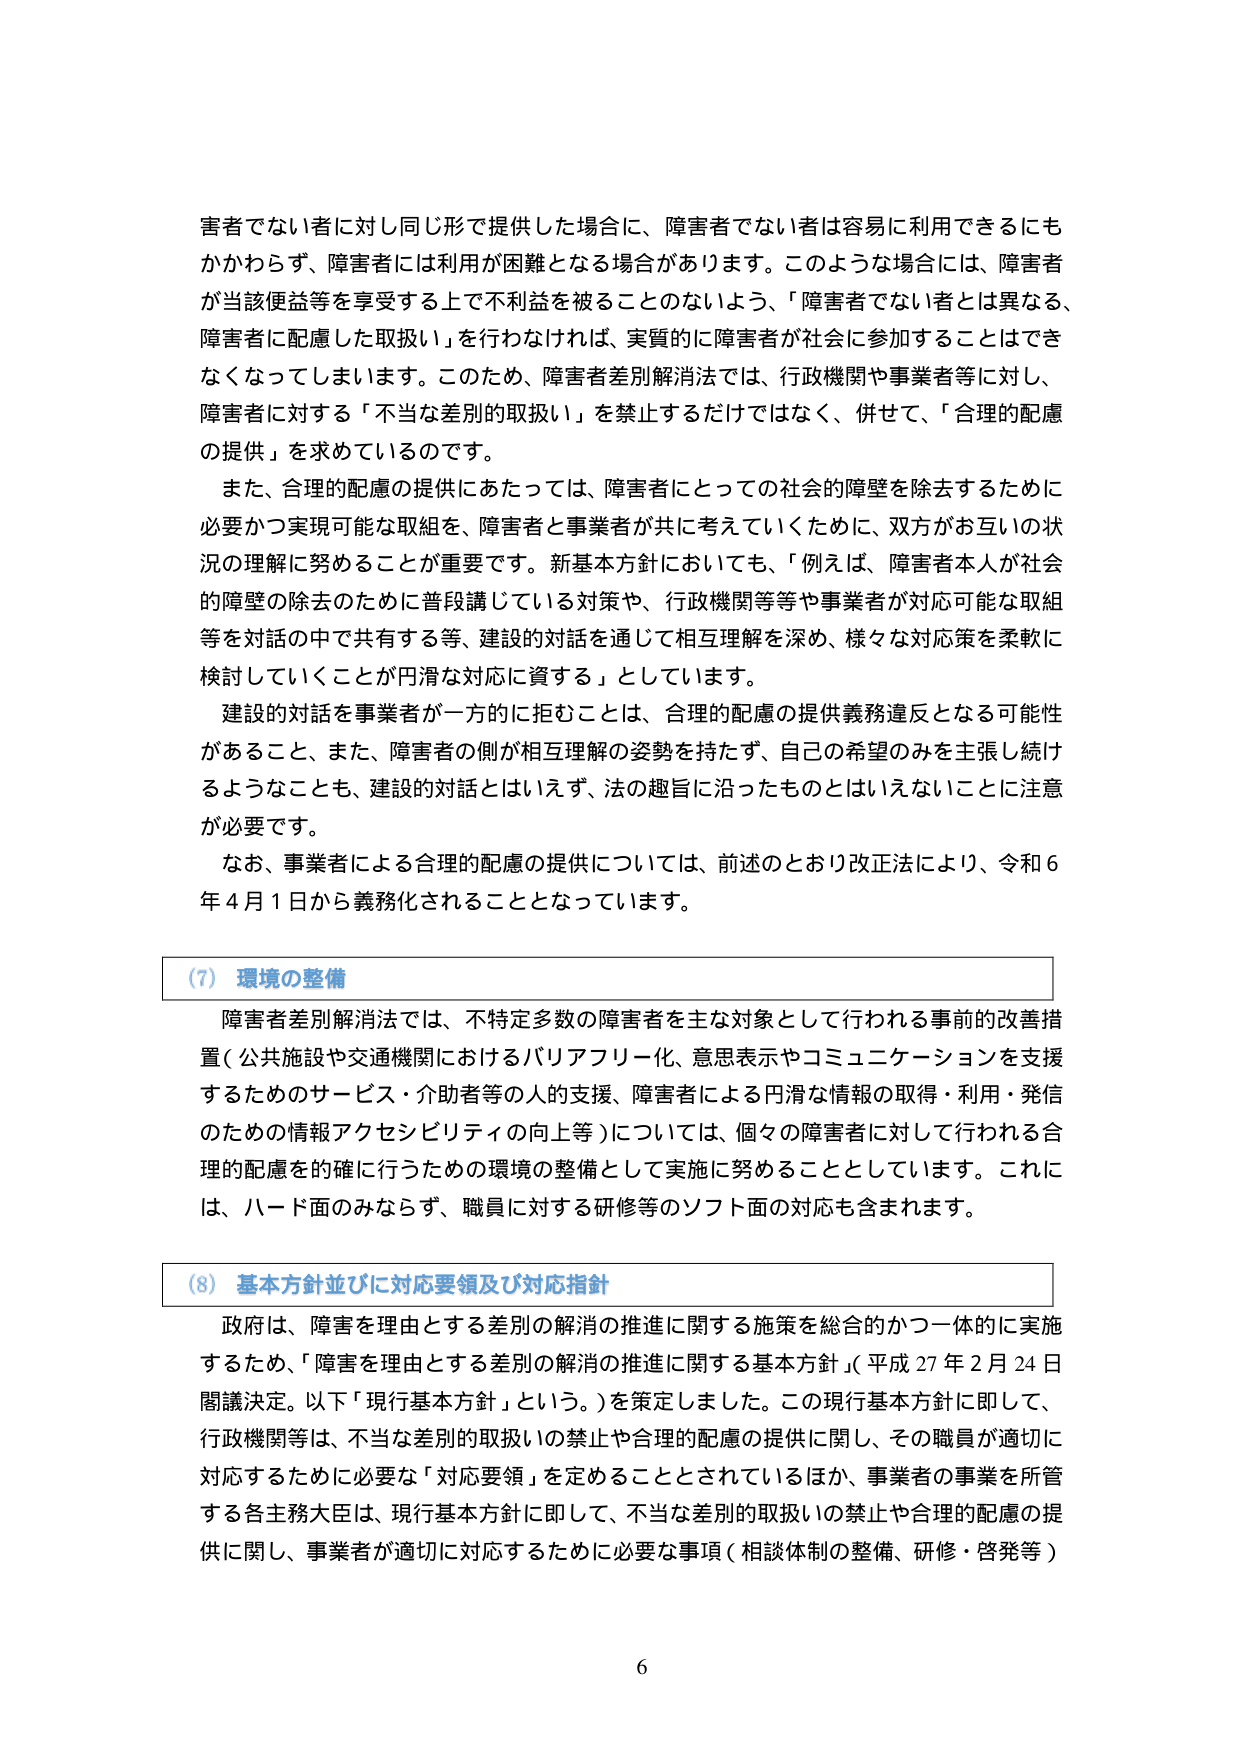
害者でない者に対し同じ形で提供した場合に、障害者でない者は容易に利用できるにもかかわらず、障害者には利用が困難となる場合があります。このような場合には、障害者が当該便益等を享受する上で不利益を被ることのないよう、「障害者でない者とは異なる、障害者に配慮した取扱い」を行わなければ、実質的に障害者が社会に参加することはできなくなってしまいます。このため、障害者差別解消法では、行政機関や事業者等に対し、障害者に対する「不当な差別的取扱い」を禁止するだけではなく、併せて、「合理的配慮の提供」を求めているのです。

また、合理的配慮の提供にあたっては、障害者にとっての社会的障壁を除去するために必要かつ実現可能な取組を、障害者と事業者が共に考えていくために、双方がお互いの状況の理解に努めることが重要です。新基本方針においても、「例えば、障害者本人が社会的障壁の除去のために普段講じている対策や、行政機関等々や事業者が対応可能な取組等を対話の中で共有する等、建設的対話を通じて相互理解を深め、様々な対応策を柔軟に検討していくことが円滑な対応に資する」としています。

建設的対話を事業者が一方的に拒むことは、合理的配慮の提供義務違反となる可能性があること、また、障害者の側が相互理解の姿勢を持たず、自己の希望のみを主張し続けるようなことも、建設的対話とはいえず、法の趣旨に沿ったものとはいえないことに注意が必要です。

なお、事業者による合理的配慮の提供については、前述のとおり改正法により、令和6年4月1日から義務化されることとなっています。

(7) 環境の整備

障害者差別解消法では、不特定多数の障害者を主な対象として行われる事前の改善措置（公共施設や交通機関におけるバリアフリー化、意思表示やコミュニケーションを支援するためのサービス・介助者等の人的支援、障害者による円滑な情報の取得・利用・発信のための情報アクセシビリティの向上等）については、個々の障害者に対して行われる合理的配慮を的確に行うための環境の整備として実施に努めることとしています。これには、ハード面のみならず、職員に対する研修等のソフト面の対応も含まれます。

(8) 基本方針並びに対応要領及び対応指針

政府は、障害を理由とする差別の解消の推進に関する施策を総合的かつ一体的に実施するため、「障害を理由とする差別の解消の推進に関する基本方針」（平成27年2月24日閣議決定。以下「現行基本方針」という。）を策定しました。この現行基本方針に即して、行政機関等は、不当な差別的取扱いの禁止や合理的配慮の提供に関し、その職員が適切に対応するために必要な「対応要領」を定めることとされているほか、事業者の事業を所管する各主管大臣は、現行基本方針に即して、不当な差別的取扱いの禁止や合理的配慮の提供に関し、事業者が適切に対応するために必要な事項（相談体制の整備、研修・啓発等）

6